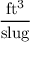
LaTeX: \frac { \mathrm { f t ^ { 3 } } } { \mathrm { s l u g } }